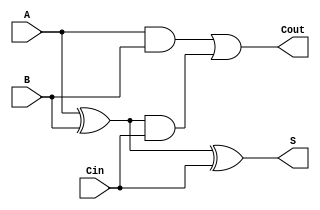
module CarryLookaheadFullAdder (
    input wire A,      // First input bit
    input wire B,      // Second input bit
    input wire Cin,    // Carry-in bit
    output wire S,     // Sum output
    output wire Cout   // Carry-out output
);

    // Internal signals
    wire P;            // Propagate signal
    wire G;            // Generate signal
    wire C1;           // Carry output from the first stage

    // Generate and Propagate signals
    assign P = A ^ B;  // P = A XOR B
    assign G = A & B;  // G = A AND B

    // Carry-out calculation
    assign C1 = G | (P & Cin);  // C1 = G + (P AND Cin)
    assign Cout = C1;            // Cout = C1

    // Sum calculation
    assign S = P ^ Cin;          // S = P XOR Cin

endmodule